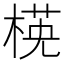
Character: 𣕺